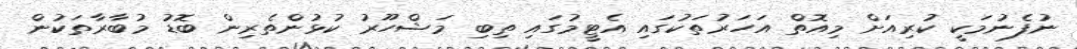
ނުފެނުމަކީ ކުރިއަށް މިއޮތް އަހަރުތަކުގައި އެޓީމުގައި ތިބި މަޝްހޫރު ކުޅުންތެރިން ބޮޑު މުބާރާތަކުން